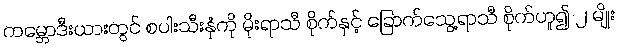
ကမ္ဘောဒီးယားတွင် စပါးသီးနှံကို မိုးရာသီ စိုက်နှင့် ခြောက်သွေ့ရာသီ စိုက်ဟူ၍ ၂ မျိုး